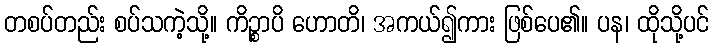
တစပ်တည်း စပ်သကဲ့သို့။ ကိဉ္စာပိ ဟောတိ၊ အကယ်၍ကား ဖြစ်ပေ၏။ ပန၊ ထိုသို့ပင်